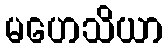
မဟေသိယာ